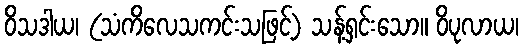
ဝိသဒါယ၊ (သံကိလေသကင်းသဖြင့်) သန့်ရှင်းသော။ ဝိပုလာယ၊